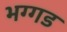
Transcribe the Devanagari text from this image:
भग्‍गड